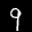
Label: 9